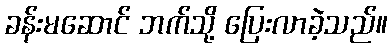
ခန်းမဆောင် ဘက်သို့ ပြေးလာခဲ့သည်။